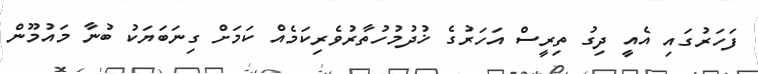
ފަހަރުގައި އެއީ ދިގު ތިރީސް އަހަރުގެ ޚުދުމުހުތާރުވެރިކަމެއް ކަމަށް ގިނަބަޔަކު ބުނާ މައުމޫން